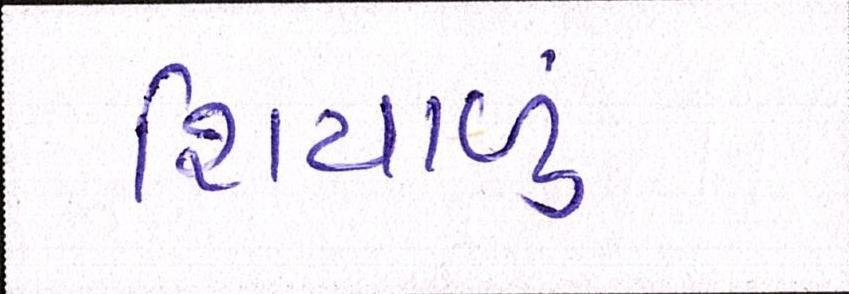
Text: શિયાળુ